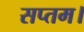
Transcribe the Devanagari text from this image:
सप्तम।